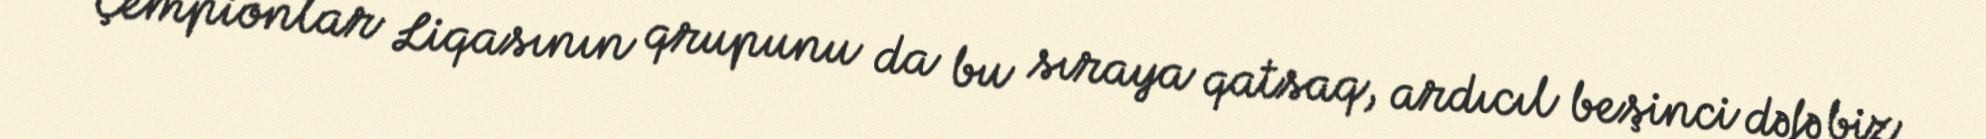
Çempionlar Liqasının qrupunu da bu sıraya qatsaq, ardıcıl beşinci dəfə biz